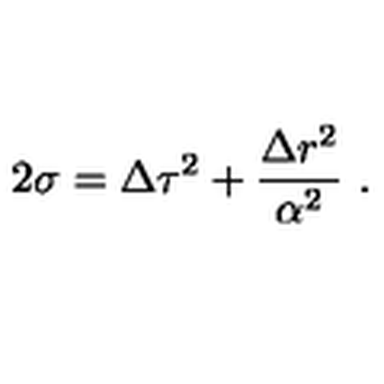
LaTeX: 2 \sigma = \Delta \tau ^ { 2 } + \frac { \Delta r ^ { 2 } } { \alpha ^ { 2 } } \ .